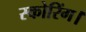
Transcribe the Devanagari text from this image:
स्कोरिंग।